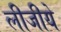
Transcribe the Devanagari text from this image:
लीजीये